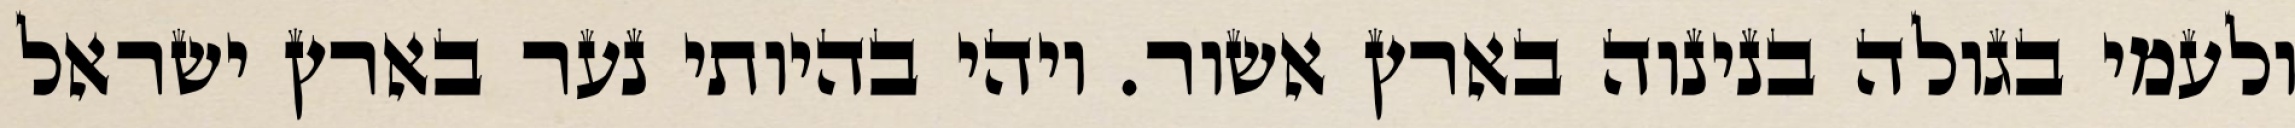
ולעמי בגולה בנינוה בארץ אשור. ויהי בהיותי נער בארץ ישראל